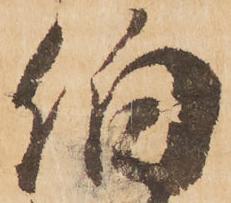
伯